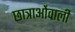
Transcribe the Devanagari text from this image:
छात्राओंवाली